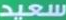
سعيد